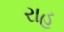
રાહ